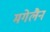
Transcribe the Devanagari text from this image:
मगेलैन